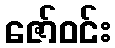
ဇော်ဝင်း